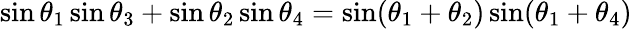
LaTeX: \sin\theta_{1}\sin\theta_{3}+\sin\theta_{2}\sin\theta_{4}=\sin(\theta_{1}+\theta_{2})\sin(\theta_{1}+\theta_{4})